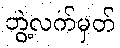
ဘွဲ့လက်မှတ်